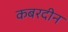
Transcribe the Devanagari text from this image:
कबरदीन